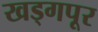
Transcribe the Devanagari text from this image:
खड्गपूर